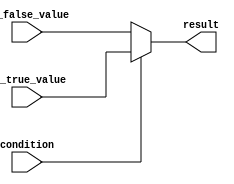
module conditional_assignment (
    input wire condition,
    input wire [7:0] if_true_value,
    input wire [7:0] if_false_value,
    output reg [7:0] result
);

always @(*) begin
    if (condition) begin
        result = if_true_value;
    end else begin
        result = if_false_value;
    end
end

endmodule